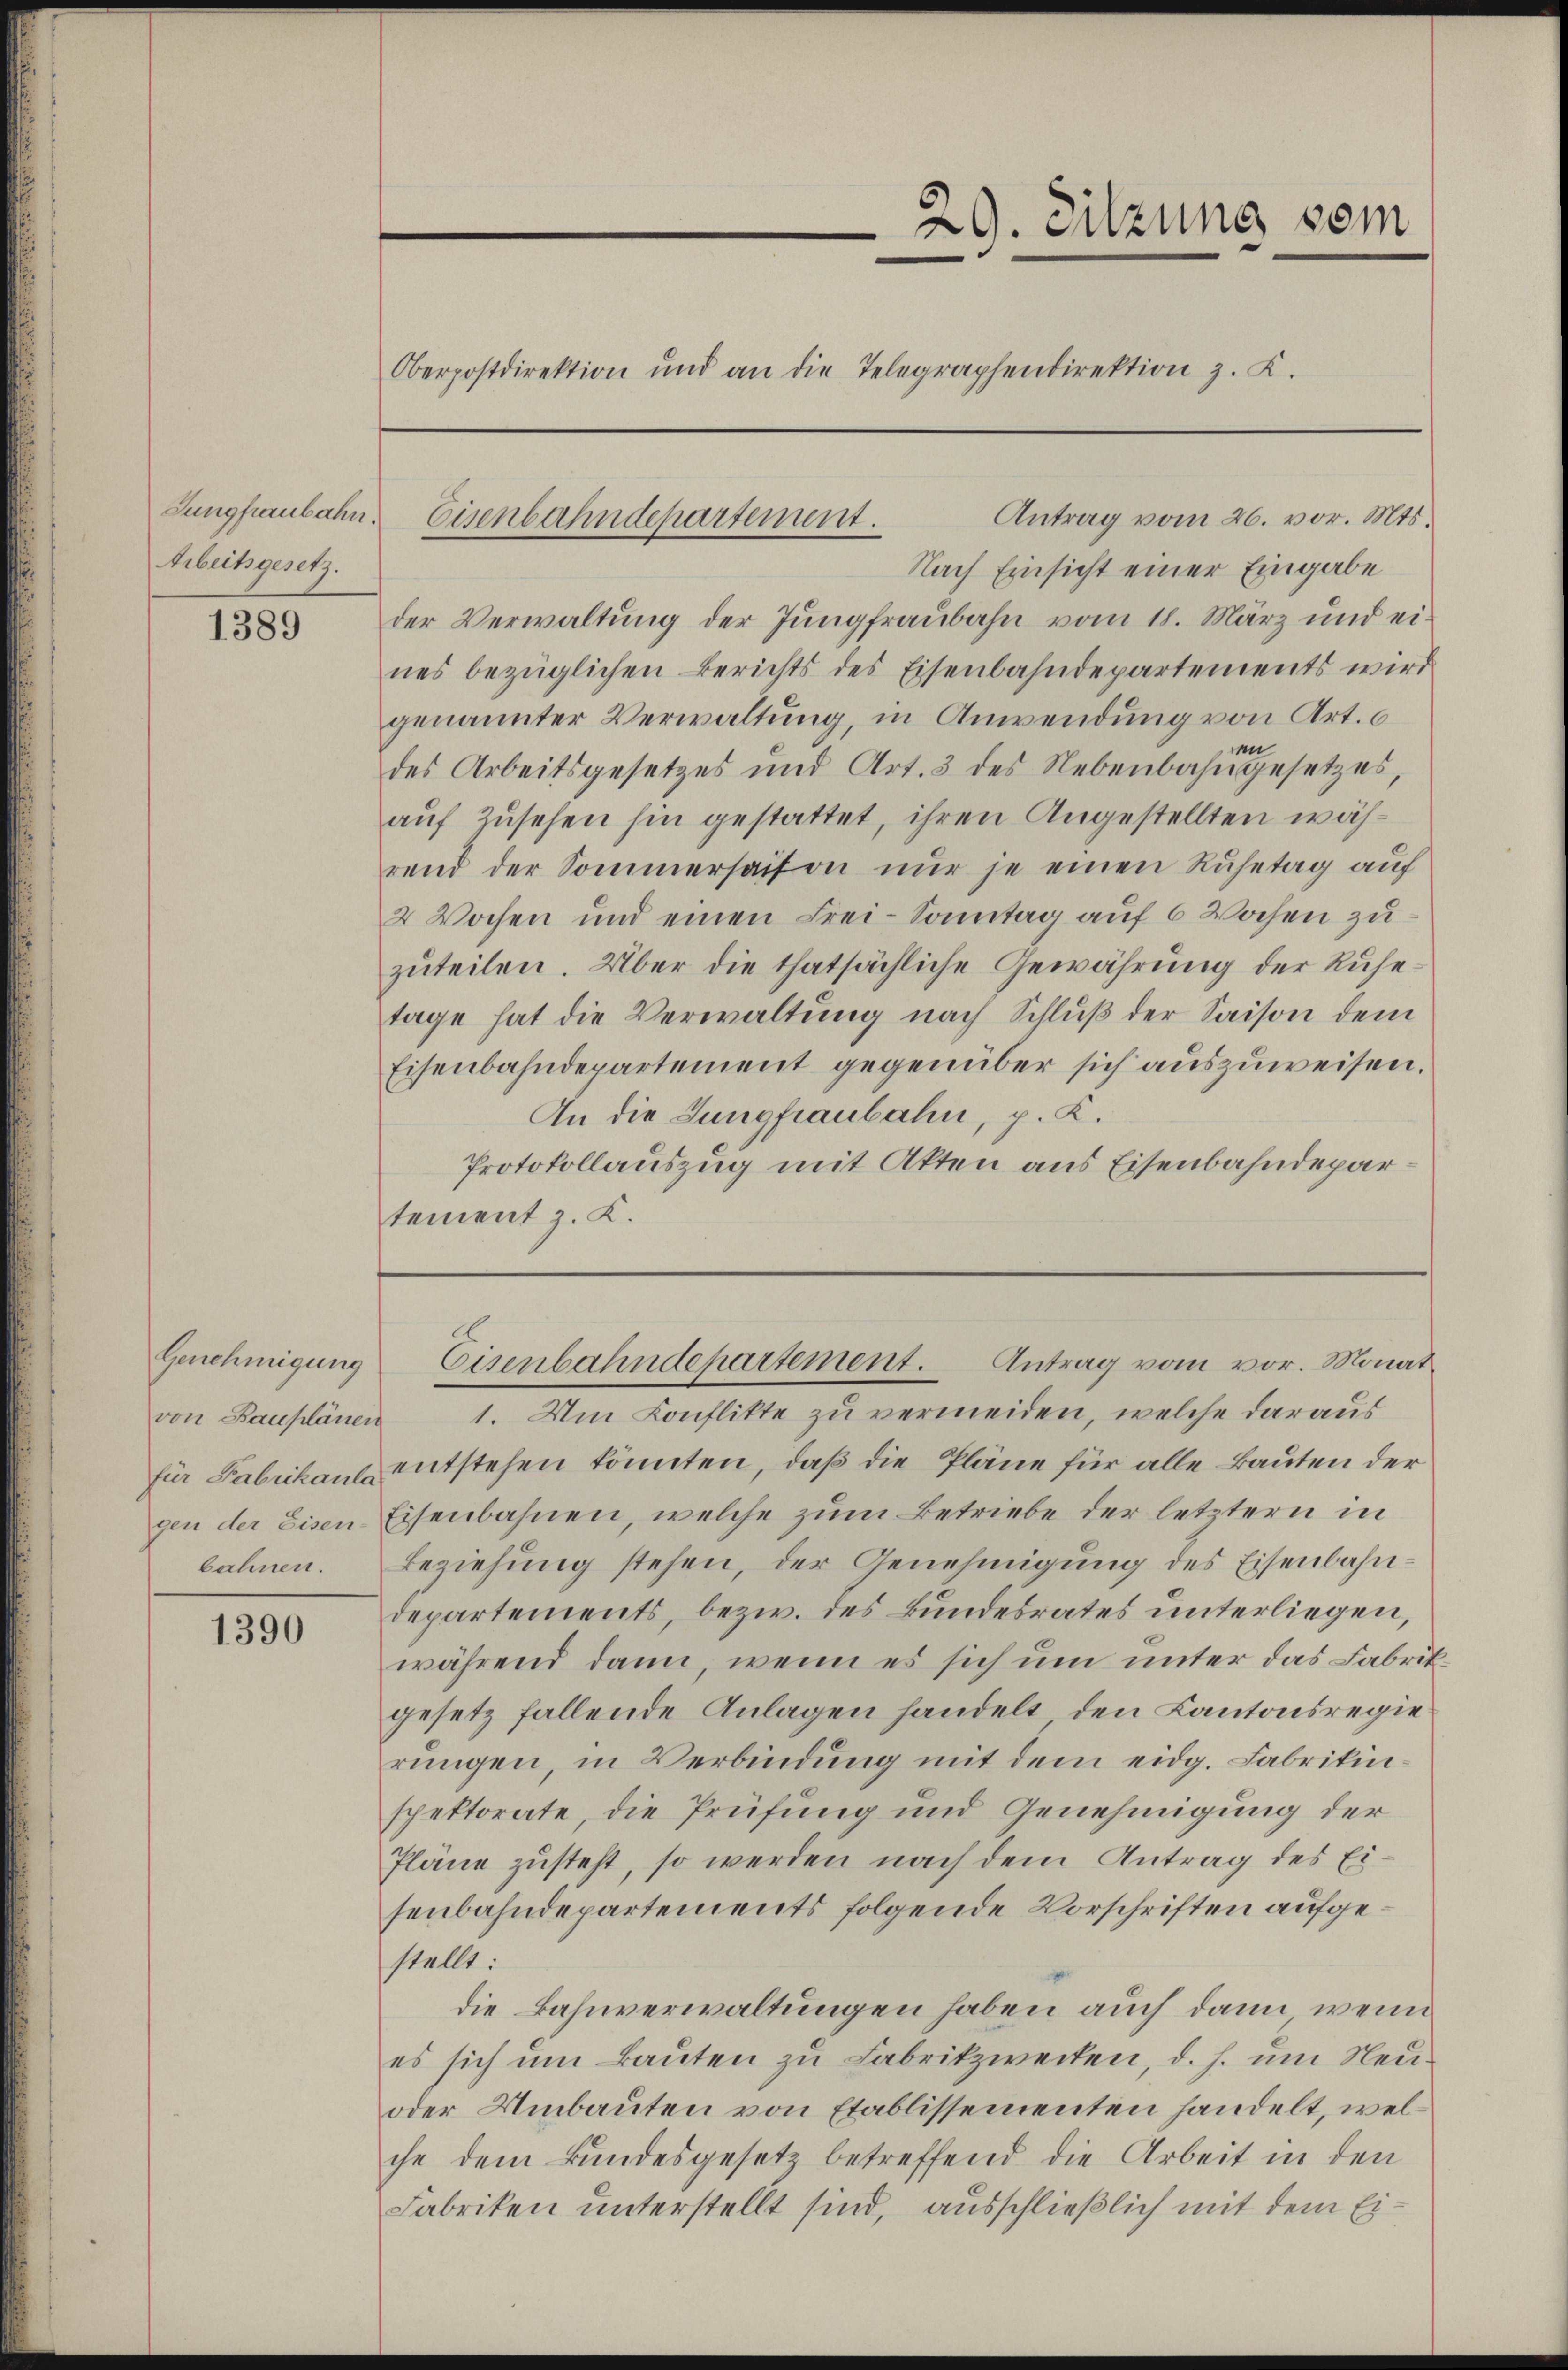
Jungfraubahn.
Arbeitgesetz.

1389

Genehmigung
bahnen.

1390

Oberpostdirektion und an die Telegraphendirektion z. K.

Antrag vom 26. vor. Mts.
Eisenbahndepartement.

29. Sitzung vom

Nach Einsicht einer Eingabe
der Verwaltung der Jungfraubahn vom 18. März und eines bezüglichen Berichts des Eisenbahndepartements wird
genannter Verwaltung, in Anwendung von Art. 6
en
des Arbeitsgesetzes und Art. 3 des Nebenbahngesetzes,
auf Zusehen hin gestattet, ihren Angestellten während der Sommersaison nŭr je einen Ruhetag auf
2 Wochen und einen Frei-Sonntag auf 6 Wochen zuzuteilen. Über die thatsächliche Gewährung der Ruhetage hat die Verwaltŭng nach Schlŭβ der Saison dem
Eisenbahndepartement gegenüber sich auszuweisen.
An die Jungfraubahn, p. K.
Protokollauszug mit Akten aus Eisenbahndepartement z. K.

von Bauplänen 1. Um Conflikte zu vermeiden, welche daraus
für Fabrikane entstehen könnten, daß die Pläne für alle Bauten der
gen der Eisen Eisenbahnen, welche zum Betriebe der letztern in
Beziehung stehen, der Genehmigung des Eisenbahndepartements, bezw. des Bundesrates unterliegen,
während dann, wenn es sich um unter das Fabrikgesetz fallende Anlagen handelt, den Kantonsregie
rungen in Verbindung mit dem eidg. Fabrikinspektorate, die Prüfung und Genehmigung der
Pläne zusteht, so werden nach dem Antrag des Eisenbahndepartements folgende Vorschriften aufgestellt:
die Bahnverwaltungen haben auch dann wenn
es sich um Bauten zu Fabrikzwecken, d. h. um Neu¬
oder Umbauten von Etablissementen handelt, welche dem Bundesgesetz betreffend die Arbeit in den
Fabriken unterstellt sind, ausschließlich mit dem Ei¬

Eisenbahndepartement. Antrag vom vor. Monat¬